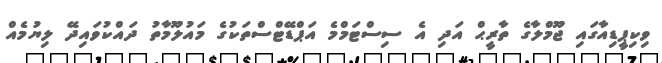
ވިކިޕީޑިއާގައި ޖޫމްލާގެ ތާރީޙް އަދި އެ ސިސްޓަމްމެ އަޕްޑޭޓްސްތަކުގެ މައުލޫމާތު ދައްކުވައިދޭ ލިޔުމެއް